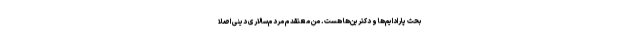
بحث پارادایم‌ها و دکترین‌ها هست. من معتقدم مردم‌سالاری دینی اصلاً